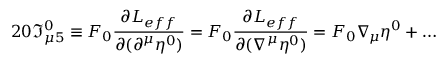
2 0 \Im _ { \mu 5 } ^ { 0 } \equiv F _ { 0 } \frac { \partial { \cal L } _ { e f f } } { \partial ( \partial ^ { \mu } \eta ^ { 0 } ) } = F _ { 0 } \frac { \partial { \cal L } _ { e f f } } { \partial ( \nabla ^ { \mu } \eta ^ { 0 } ) } = F _ { 0 } \nabla _ { \! \mu } \eta ^ { 0 } + \dots